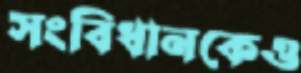
সংবিধানকেও